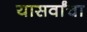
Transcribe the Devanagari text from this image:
यासर्वांचा